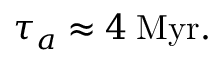
\tau _ { a } \approx 4 \; \mathrm { M y r } .